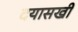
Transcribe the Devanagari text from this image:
दयासखी